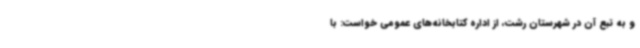
و به تبع آن در شهرستان رشت، از اداره کتابخانه‌های عمومی خواست: با